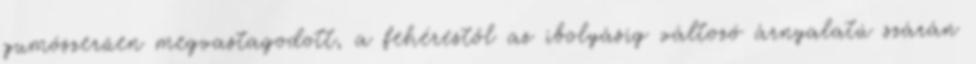
gumószerűen megvastagodott, a fehérestől az ibolyásig változó árnyalatú szárán